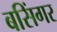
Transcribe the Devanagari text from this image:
बसिंगर